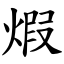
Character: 煆